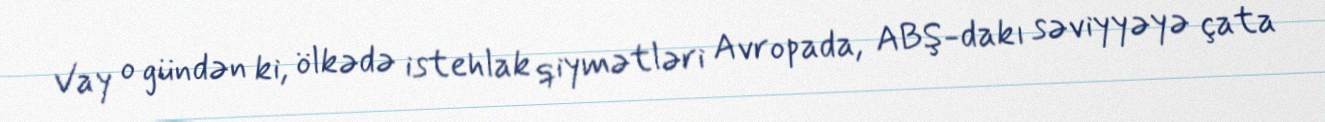
Vay o gündən ki, ölkədə istehlak qiymətləri Avropada, ABŞ-dakı səviyyəyə çata